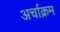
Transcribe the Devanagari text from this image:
अर्चाक्रम